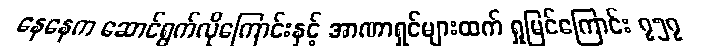
နေနေက ဆောင်ရွက်လိုကြောင်းနှင့် အာဏာရှင်များထက် ရှုမြင်ကြောင်း ၇၅၇